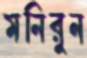
মনিরুন